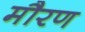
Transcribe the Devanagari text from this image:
मौरण